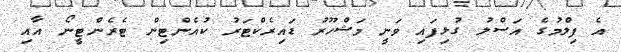
އެ ފިލްމުގެ އަސްލު ގުޅިފައި ވަނީ މަޝްހޫރު ޑައިރެކްޓަރު ކުއެންޓިން ޓެރެންޓީނޯ އާއި